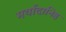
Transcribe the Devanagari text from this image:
मर्यादानिष्ठ